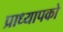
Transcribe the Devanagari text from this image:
प्राध्यापको